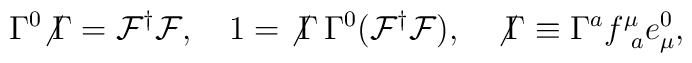
\Gamma^0 {\not \Gamma} = {\cal F}^{\dag}{\cal F}, ~~~ 1 = {\not \Gamma} \, \Gamma^0 ({\cal F}^{\dag}{\cal F}), ~~~ {\not \Gamma} \equiv \Gamma^a  f^\mu_{~a} e^0_\mu,